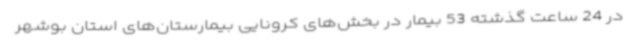
در 24 ساعت گذشته 53 بیمار در بخش‌های کرونایی بیمارستان‌های استان بوشهر